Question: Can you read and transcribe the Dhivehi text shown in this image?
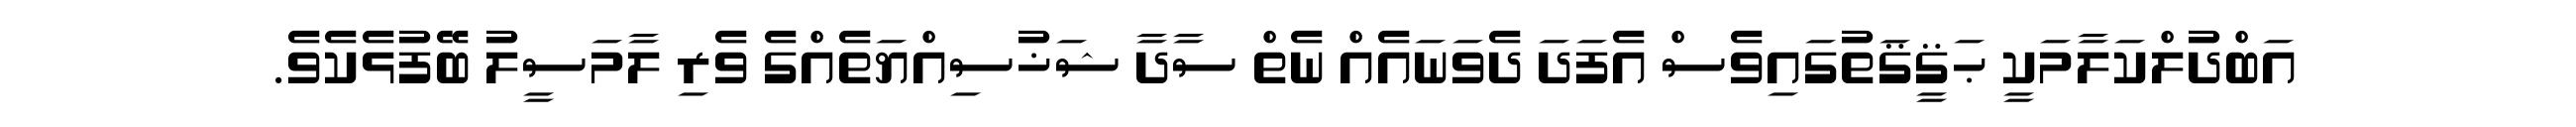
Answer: އަބްދުލްކަލާމަކީ ޙަޤީޤަތުގައިވެސް އެފަދަ ދެވަނައެއް ނެތް ސާދާ ޝަޚުސިއްޔަތެއްގެ ވެރި ލާމަސީލު ބޭފުޅެކެވެ.